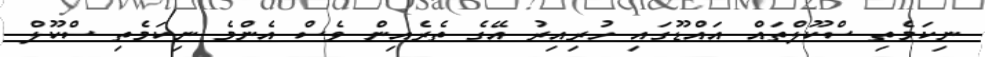
ނިކަމެތި ސްކޫލްތައް އައްޑޫގައި ހުރިއިރު އޭގެ ތެރެއިން ވެސް އެންމެ ނިކަމެތި ސްކޫލް